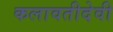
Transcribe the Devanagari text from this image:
कलावतीदेवी